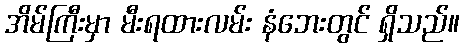
အိမ်ကြီးမှာ မီးရထားလမ်း နံဘေးတွင် ရှိသည်။